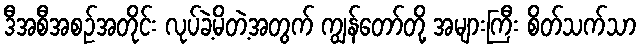
ဒီအစီအစဉ်အတိုင်း လုပ်ခဲ့မိတဲ့အတွက် ကျွန်တော်တို့ အများကြီး စိတ်သက်သာ